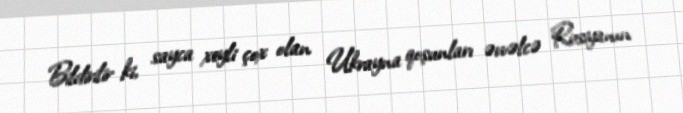
Bildirilir ki, sayca xeyli çox olan Ukrayna qoşunları əvvəlcə Rusiyanın